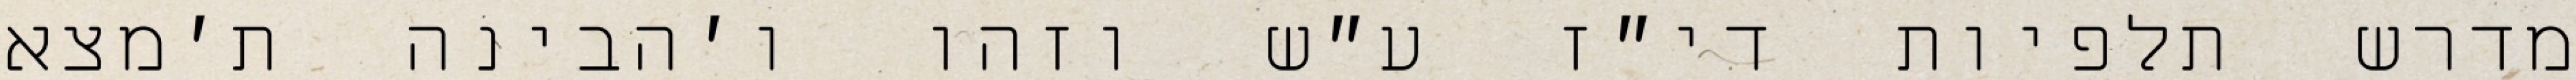
מדרש תלפיות די״ז ע״ש וזהו ו׳הבינה ת׳מצא